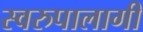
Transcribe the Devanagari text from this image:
स्वरुपालागी